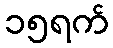
၁၅ရက်